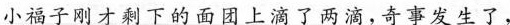
小福子刚才剩下的面团上滴了两滴，奇事发生了，